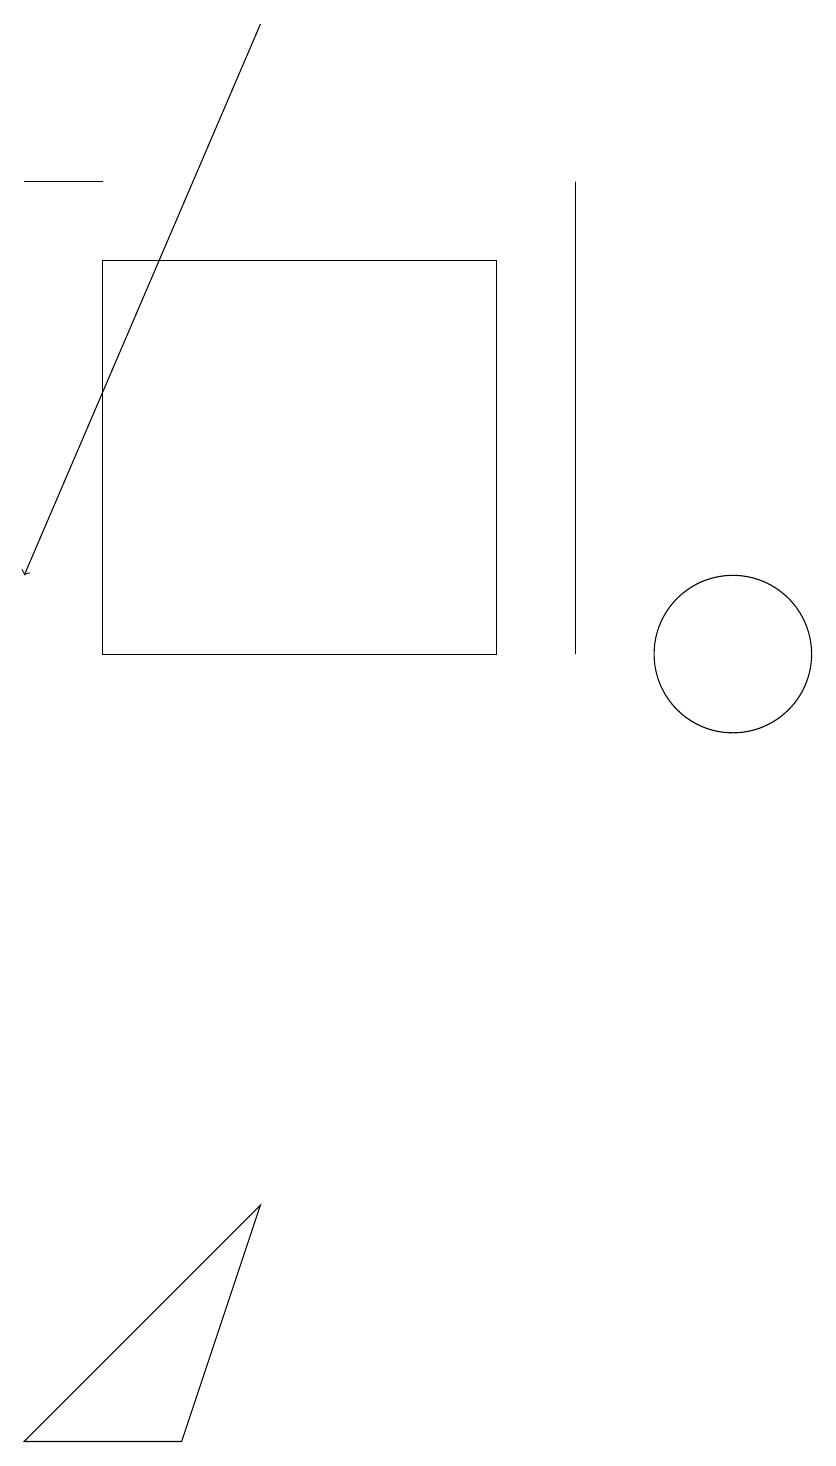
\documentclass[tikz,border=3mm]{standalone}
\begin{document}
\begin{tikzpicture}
\draw (4,4) -- (1,1) -- (3,1) -- cycle;
\draw[->] (4,19) -- (1,12);
\draw (7,11) rectangle (2,16);
\draw (8,17) rectangle (8,11);
\draw (1,17) rectangle (2,17);
\draw (10,11) circle (1);
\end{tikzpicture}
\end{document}